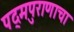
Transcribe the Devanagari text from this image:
पद्‌मपुराणाचा